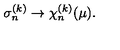
\sigma _ { n } ^ { ( k ) } \rightarrow \chi _ { n } ^ { ( k ) } ( \mu ) .